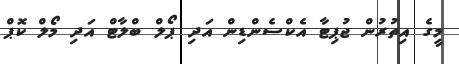
މީގެ އިތުރުން ޖުޕިޓާ އެކްސެންޑިން އަދި ޕޯލް ބްލާޓް އަދި މޯލް ކޮޕް